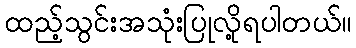
ထည့်သွင်းအသုံးပြုလို့ရပါတယ်။